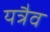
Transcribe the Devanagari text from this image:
यत्रैव